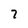
Character: 7